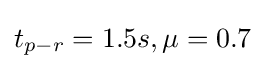
t_{p-r}=1.5s,\mu =0.7